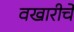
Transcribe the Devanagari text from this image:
वखारीचे